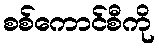
စစ်ကောင်စီကို